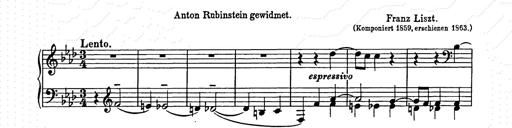
Title: Weinen, Klagen, Sorgen, Zagen
Composer: Franz Liszt